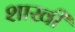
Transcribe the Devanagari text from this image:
शाखी